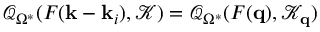
\mathcal { Q } _ { \Omega ^ { * } } ( F ( \mathbf { k } - \mathbf { k } _ { i } ) , \mathcal { K } ) = \mathcal { Q } _ { \Omega ^ { * } } ( F ( \mathbf { q } ) , \mathcal { K } _ { \mathbf { q } } )